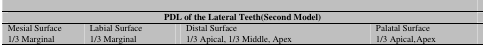
| <COLSPAN=4> PDL of the Lateral Teeth(Second Model) |
 | --- | --- | --- | --- |
 | Mesial Surface | Labial Surface | Distal Surface | Palatal Surface |
 | 1/3 Marginal | 1/3 Marginal | 1/3 Apical, 1/3 Middle, Apex | 1/3 Apical, Apex |